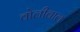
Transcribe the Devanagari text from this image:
वोलीबाल